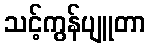
သင့်ကွန်ပျူတာ